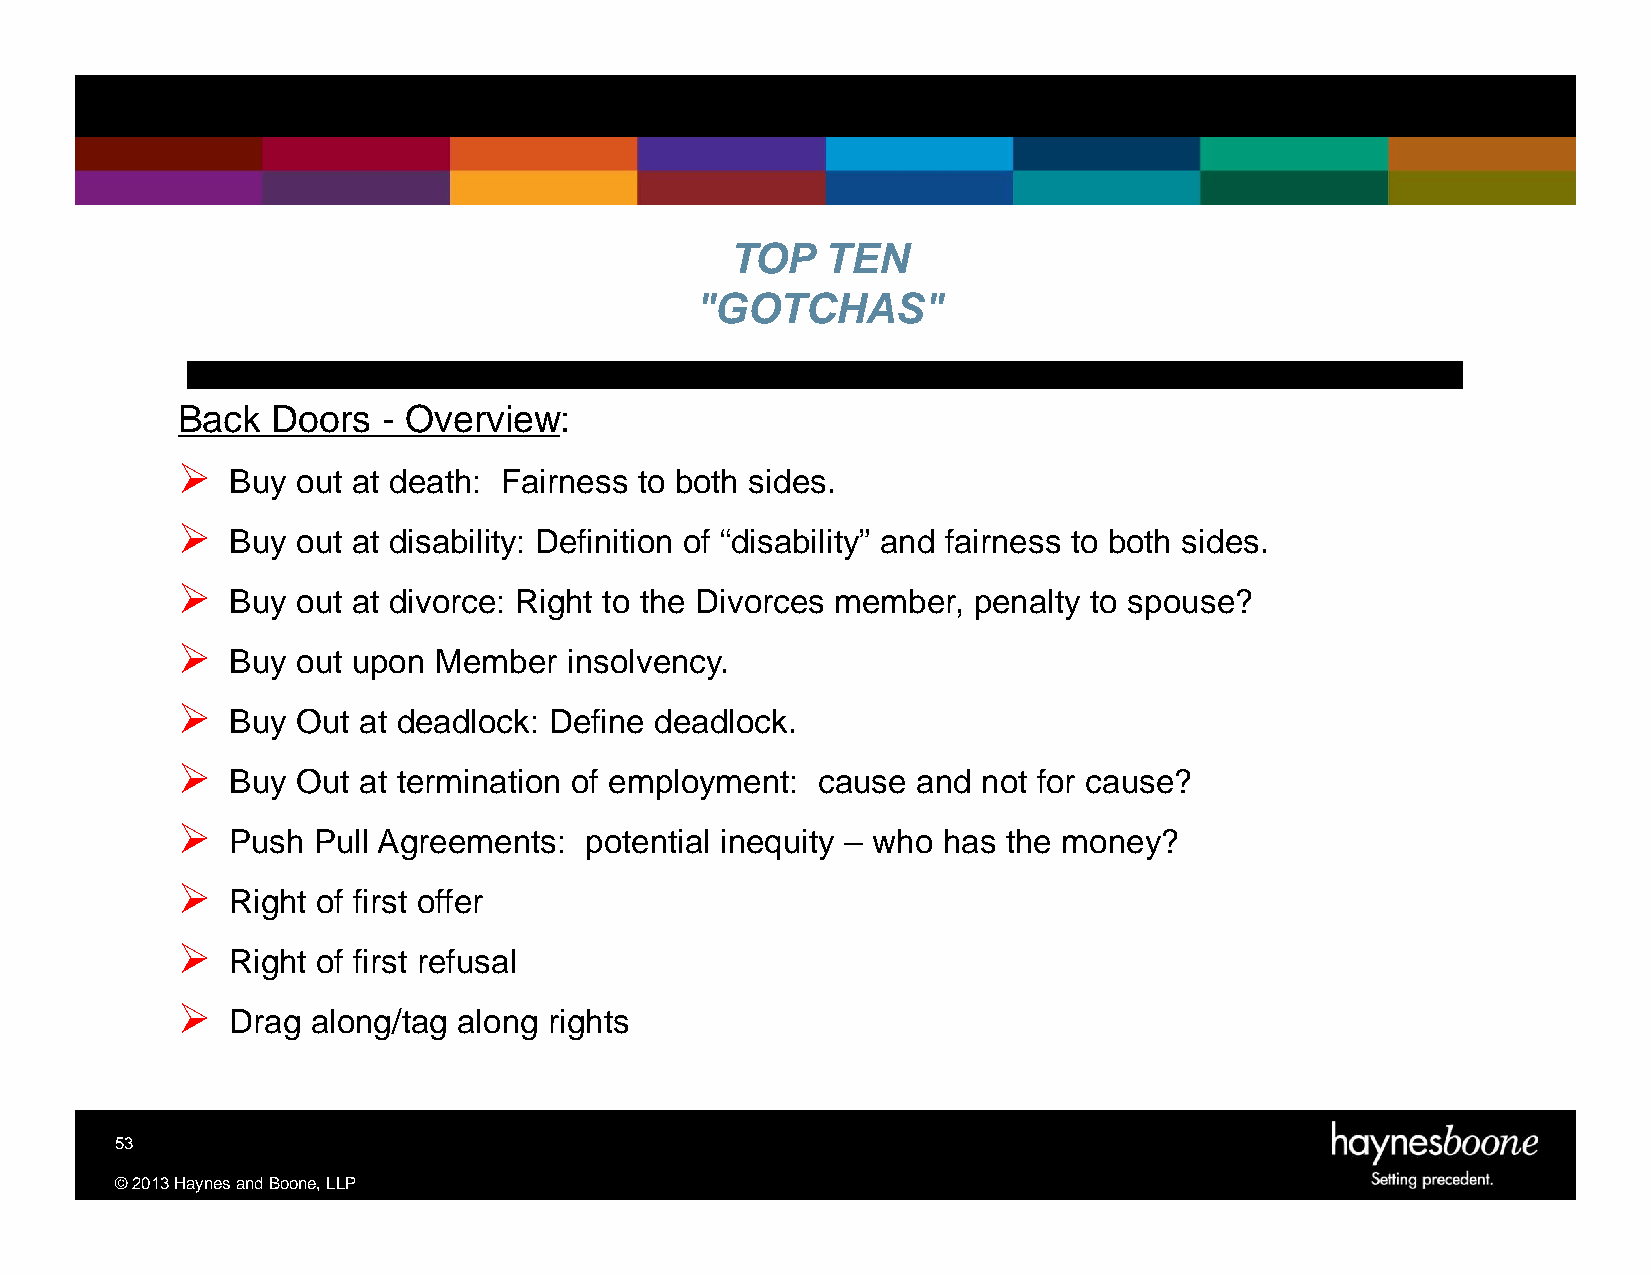
TOP    TEN
 "GOTCHAS"
 Back  Doors  - Overview:
 
 Buy  out at death: Fairness to both sides.
 
 Buy  out at disability: Definition of “disability” and fairness to both sides.
 
 Buy  out at divorce: Right to the Divorces member, penalty to spouse?
 
 Buy  out upon Member   insolvency.
 
 Buy  Out at deadlock: Define deadlock.
 
 Buy  Out at termination of employment: cause  and not for cause?
 
 Push  Pull Agreements:  potential inequity – who has the money?
 
 Right of first offer
 
 Right of first refusal
 
 Drag  along/tag along rights
 53
 ©2013HaynesandBoone,LLP